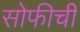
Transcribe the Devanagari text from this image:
सोफीची